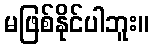
မဖြစ်နိုင်ပါဘူး။